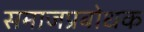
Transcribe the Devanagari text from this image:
समाजप्रबोधक